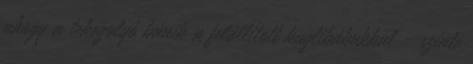
ahogy a tekegolyó bánik a felállított kuglibábukkal - szinte